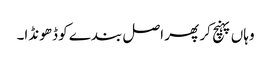
وہاں پہنچ کر پھر اصل بندے کو ڈھونڈا۔